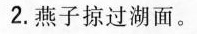
2.燕子掠过湖面。